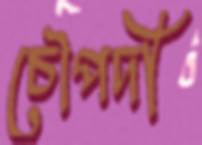
চৌপদী